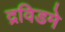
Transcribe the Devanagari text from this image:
द्रविडमे